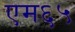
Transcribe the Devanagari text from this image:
एम६५